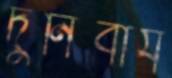
দুর্নিবার্য